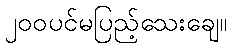
၂၀၀ပင်မပြည့်သေးချေ။